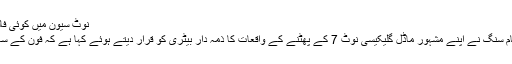
نوٹ سیون میں‌ کوئی فالٹ نہیں‌ تھا، سام سنگ Samsung note 7
سیول: موبائل فون بنانےوالی معروف کمپنی سام سنگ نے اپنے مشہور ماڈل گلیکیسی نوٹ 7 کے پھٹنے کے واقعات کا ذمہ دار بیٹری کو قرار دیتے ہوئے کہا ہے کہ فون کے سافٹ ویئر یا ہارڈ ویئر میں کوئی نقص نہیں تھا۔